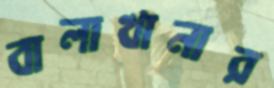
বালাখানার